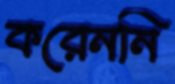
করেননি